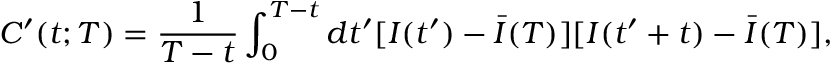
C ^ { \prime } ( t ; T ) = \frac { 1 } { T - t } \int _ { 0 } ^ { T - t } d t ^ { \prime } [ I ( t ^ { \prime } ) - \bar { I } ( T ) ] [ I ( t ^ { \prime } + t ) - \bar { I } ( T ) ] ,